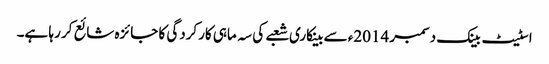
اسٹیٹ بینک دسمبر 2014ء سے بینکاری شعبے کی سہ ماہی کارکردگی کا جائزہ شائع کر رہا ہے۔